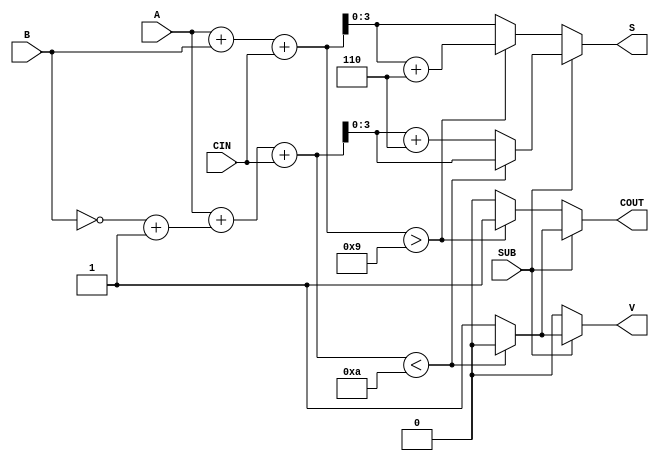
module BCD_Add_Subtracter (
    input  wire [3:0] A,    // First BCD digit
    input  wire [3:0] B,    // Second BCD digit
    input  wire SUB,        // Control signal for addition/subtraction
    input  wire CIN,        // Carry-in for addition
    output reg  [3:0] S,    // Resulting BCD digit
    output reg  COUT,       // Carry-out
    output reg  V           // Overflow flag for subtraction
);

    wire [4:0] sum;         // 5-bit sum for addition
    wire [4:0] B_comp;      // 5-bit 9's complement of B
    wire [4:0] result;      // 5-bit result for subtraction

    // Addition logic
    assign sum = A + B + CIN;

    // BCD correction for addition
    always @(*) begin
        if (SUB == 0) begin // Addition
            if (sum > 9) begin
                S = sum + 6; // Correct to valid BCD
                COUT = 1;    // Set carry-out
            end else begin
                S = sum;     // Valid BCD
                COUT = 0;    // No carry-out
            end
            V = 0; // No overflow in addition
        end else begin // Subtraction
            // Calculate 9's complement of B
            B_comp = {1'b0, ~B} + 1; // Invert B and add 1
            
            // Perform A + (9's complement of B) + CIN
            result = A + B_comp + CIN;

            // Check for overflow
            if (result < 10) begin
                S = result[3:0]; // Valid BCD
                COUT = 0;        // No carry-out
                V = 0;           // No overflow
            end else begin
                S = result[3:0] + 6; // Adjust to valid BCD
                COUT = 1;            // Set carry-out
                V = 1;               // Set overflow flag
            end
        end
    end

endmodule